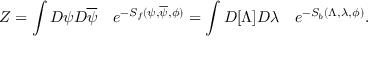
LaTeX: Z = \int { \cal D } \psi { \cal D } \overline { { \psi } } \quad e ^ { - S _ { f } ( \psi , \overline { { \psi } } , \phi ) } = \int { \cal D } [ \Lambda ] { \cal D } \lambda \quad e ^ { - S _ { b } ( \Lambda , \lambda , \phi ) } .